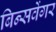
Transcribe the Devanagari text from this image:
बिन्सवेंगर